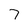
Character: 7